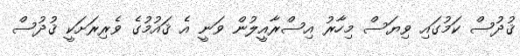
ޤުދުސް ކަމުގައި ވިޔަސް މިހާރު އިސްރާއީލުން ވަނީ އެ ޤައުމުގެ ވެރިރަށަކީ ޤުދުސް